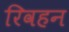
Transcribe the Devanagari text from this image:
रिवहन